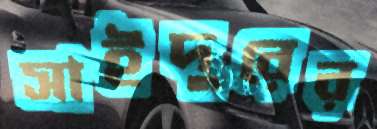
সাইদুরের